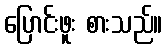
ပြောင်းဖူး စားသည်။